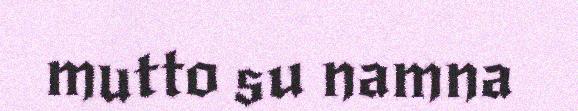
mutto su namna